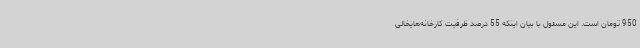
950 تومان است. این مسئول با بیان اینکه 55 درصد ظرفیت کارخانه‌هایخالی